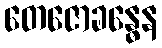
တေဇောခန္ဓေန